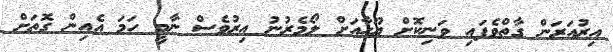
އިރުއަރަން ގާތްވެފައި ވަނިކޮށް ޔޫހާއަށް ލޯމެރުނު އިރުވެސް ނާމީ ހަމަ އެއިން ގޮތަށް